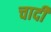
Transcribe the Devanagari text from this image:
चादी